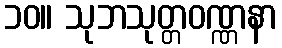
၁၀။ သုဘသုတ္တဝဏ္ဏနာ